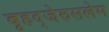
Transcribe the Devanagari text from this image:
बृहद्‌जेरुसलेम